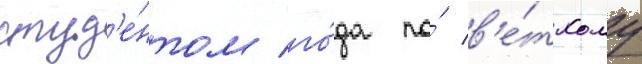
студ'е́нтом го́да по́ в'е́тхому